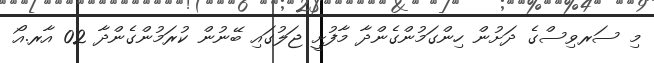
މި ސަރވިސްގެ ދަށުން ހިންގަމުންގެންދާ މާފުށީ ޖަލުގައި ބޭނުން ކުރަމުންގެންދާ 02 އާރ.އޯ